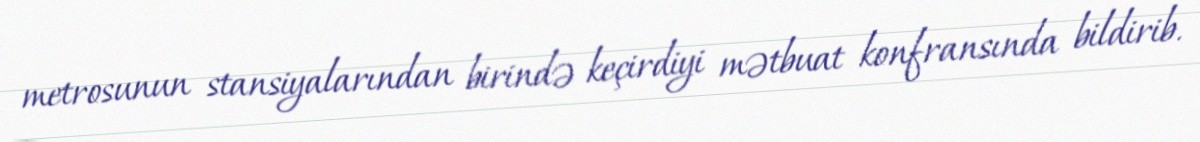
metrosunun stansiyalarından birində keçirdiyi mətbuat konfransında bildirib.